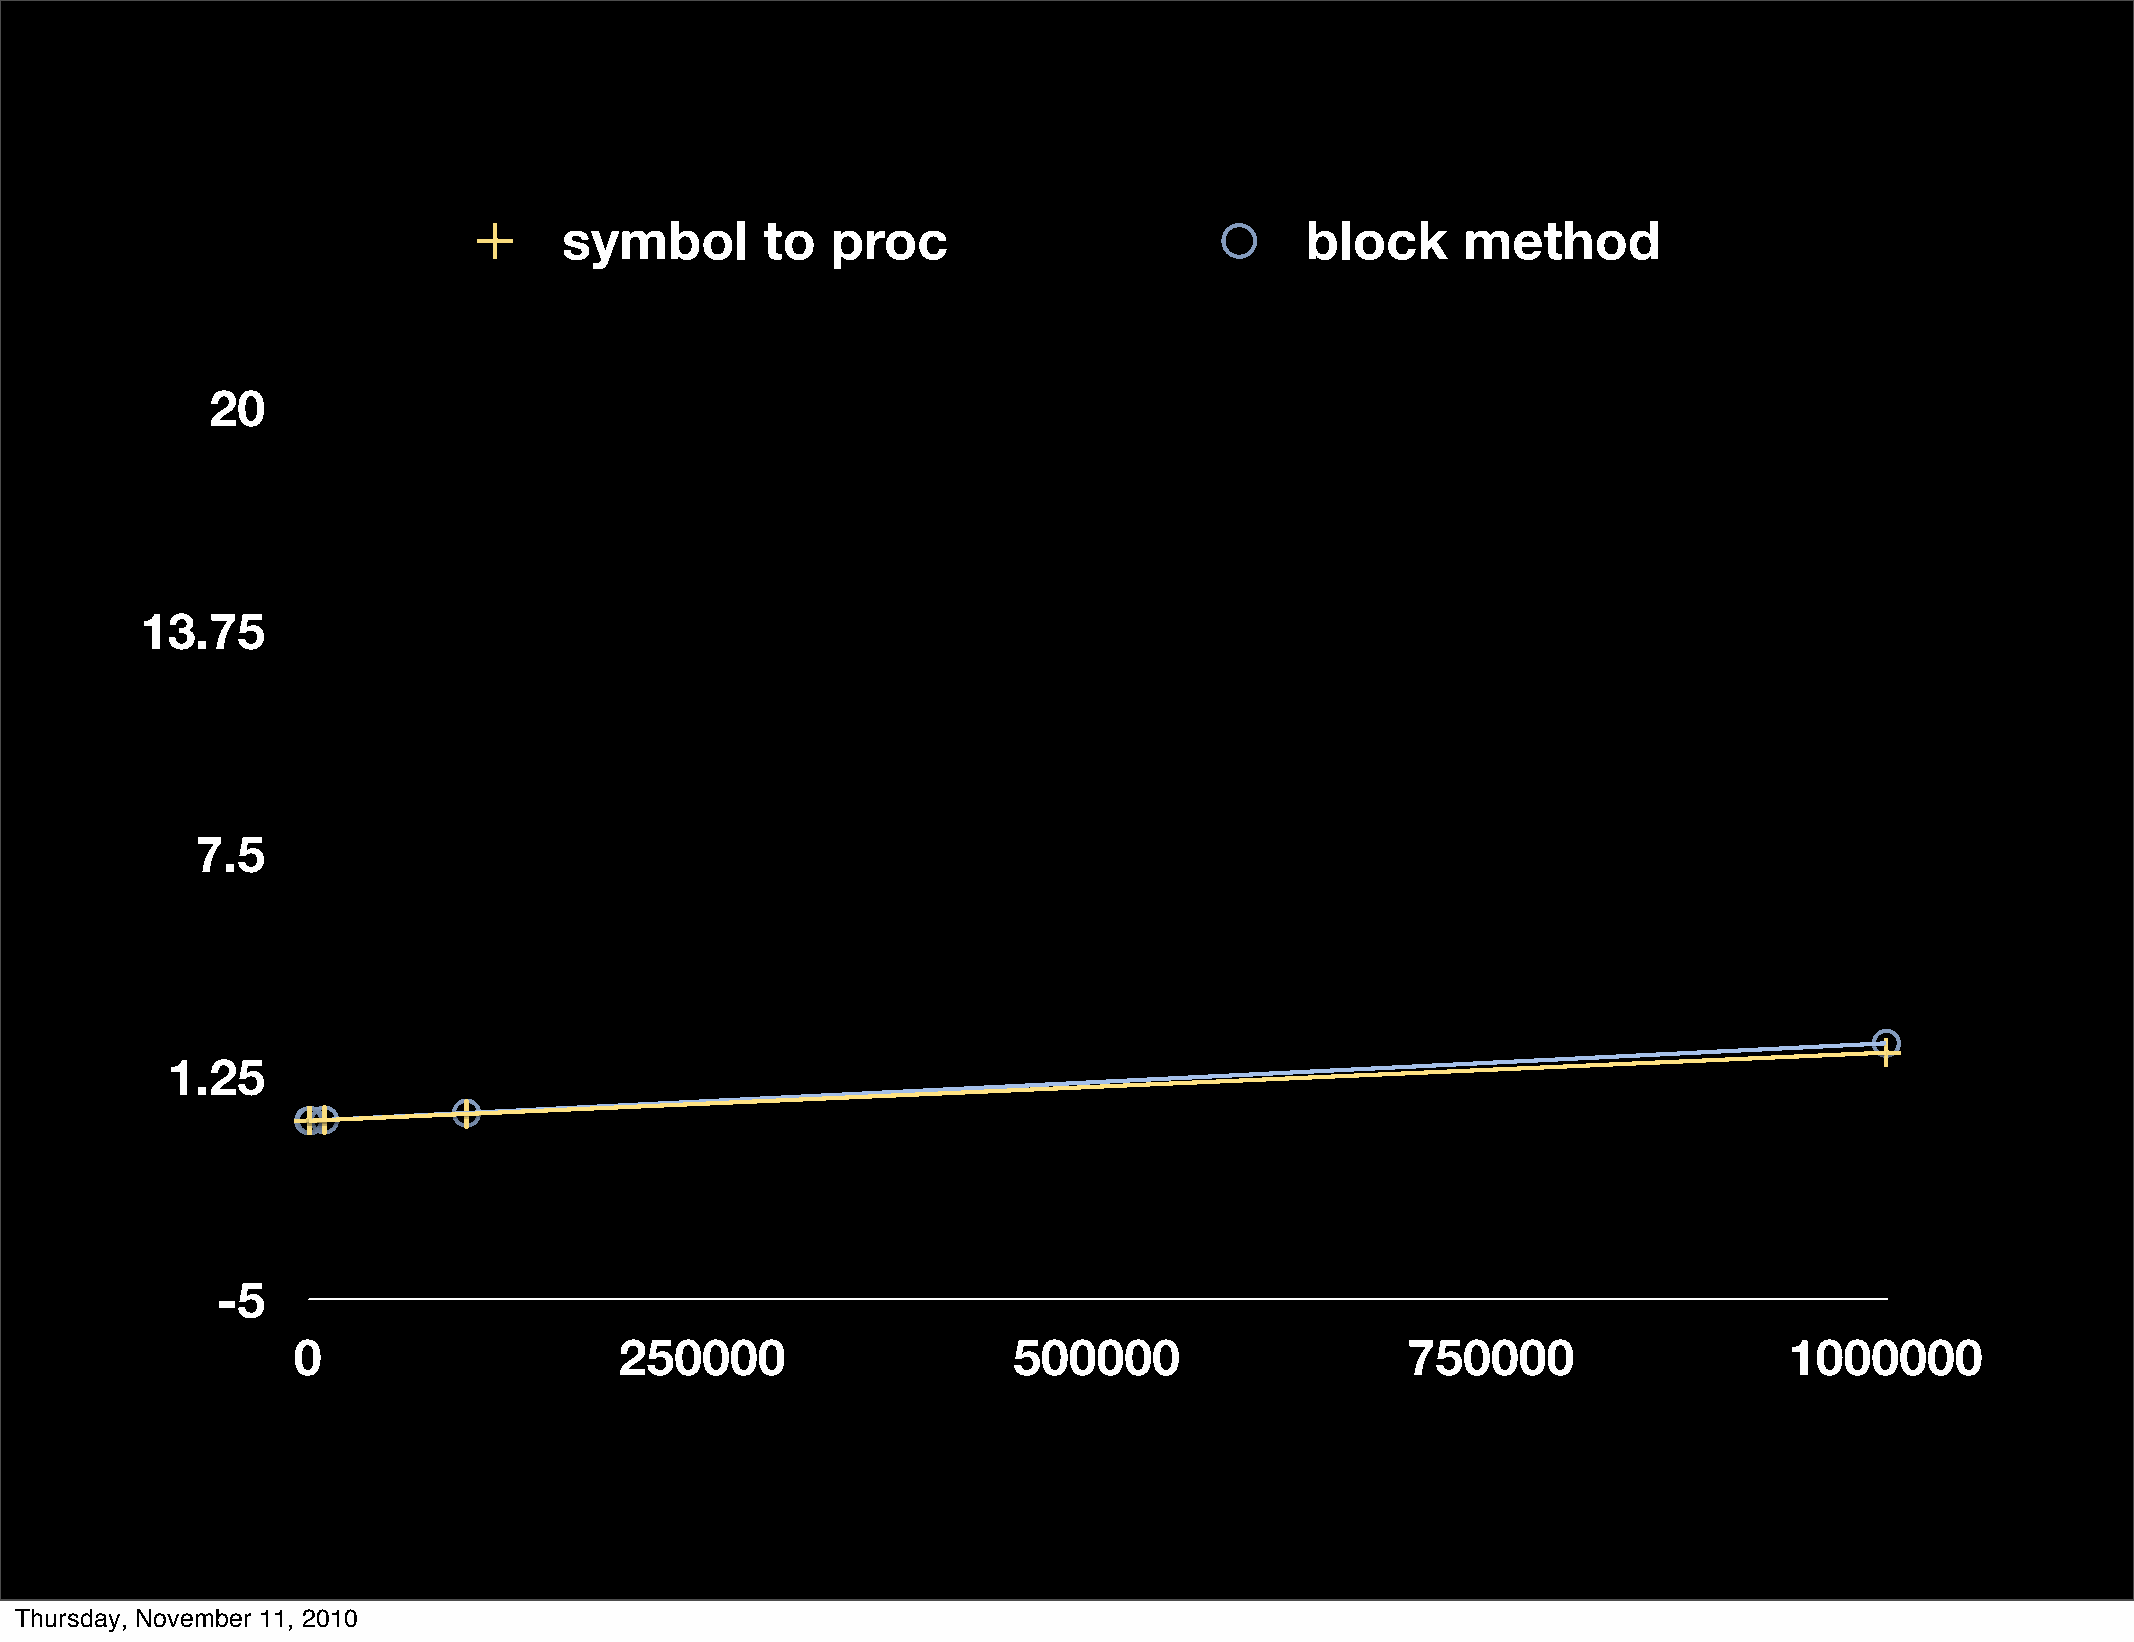
symbol        to  proc                           block      method
 20
 13.75
 7.5
 1.25
 -5
 0                     250000                    500000                    750000                   1000000
 Thursday, November 11, 2010